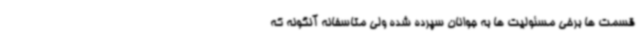
قسمت ها برخی مسئولیت ها به جوانان سپرده شده ولی متاسفانه آنگونه که